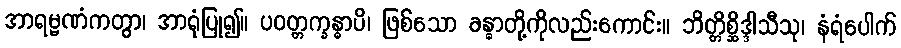
အာရမ္မဏံကတွာ၊ အာရုံပြု၍။ ပဝတ္တက္ခန္ဓာပိ၊ ဖြစ်သော ခန္ဓာတို့ကိုလည်းကောင်း။ ဘိတ္တိစ္ဆိဒ္ဒါသီသု၊ နံရံပေါက်